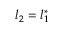
l _ { 2 } = l _ { 1 } ^ { \ast }